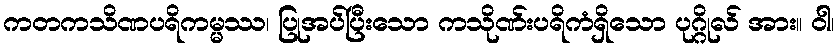
ကတကသိဏပရိကမ္မဿ၊ ပြုအပ်ပြီးသော ကသိုဏ်းပရိကံရှိသော ပုဂ္ဂိုလ် အား။ ဝါ၊